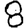
Digit: 8